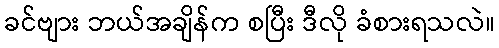
ခင်ဗျား ဘယ်အချိန်က စပြီး ဒီလို ခံစားရသလဲ။